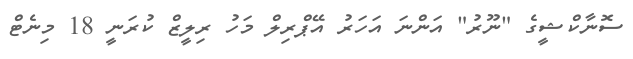
ސޮނާކްޝީގެ "ނޫރު" އަންނަ އަހަރު އޭޕްރިލް މަހު ރިލީޒް ކުރަނީ 18 މިނެޓް